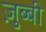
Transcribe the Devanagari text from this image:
ज़ुब्बी